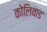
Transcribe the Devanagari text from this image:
कोलिवाड